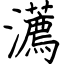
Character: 瀳